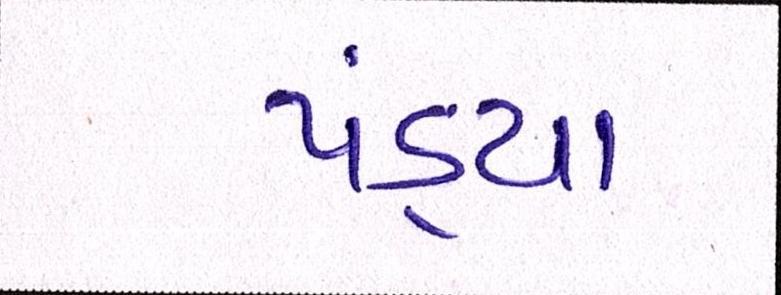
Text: પંડ્યા